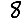
Digit: 8